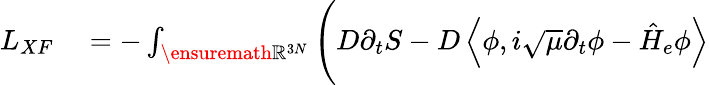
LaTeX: \begin{array}{rl}{L_{XF}}&{{}=-\int_{\ensuremath{\mathbb{R}}^{3N}}\Bigg(D\partial_{t}S-D\left\langle\phi,i\sqrt{\mu}\partial_{t}\phi-\hat{H}_{e}\phi\right\rangle}\end{array}